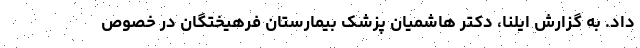
داد. به گزارش ایلنا، دکتر هاشمیان پزشک بیمارستان فرهیختگان در خصوص